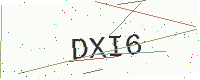
Text: DXI6